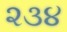
૨૩૪